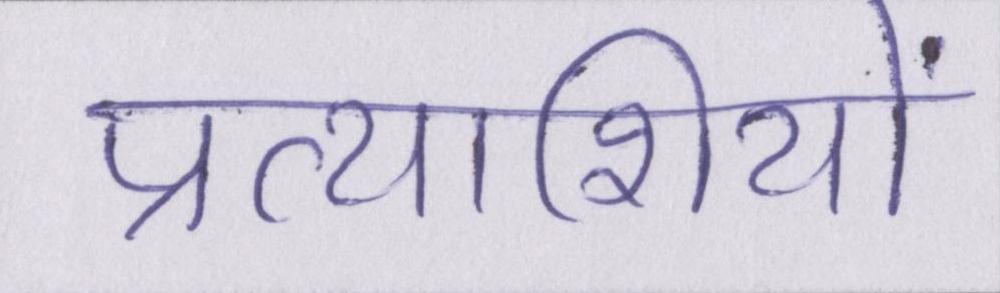
प्रत्याशियों